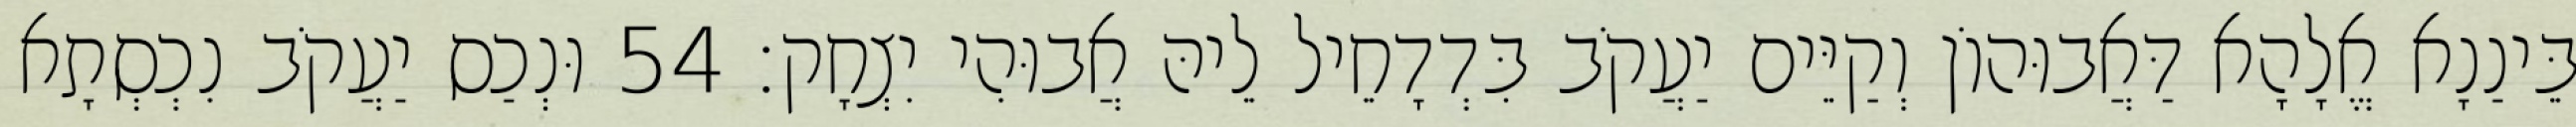
בֵּינַנָא אֱלָהָא דַּאֲבוּהוֹן וְקַיֵּים יַעֲקֹב בִּדְדָחֵיל לֵיהּ אֲבוּהִי יִצְחָק׃ 54 וּנְכַס יַעֲקֹב נִכְסְתָא